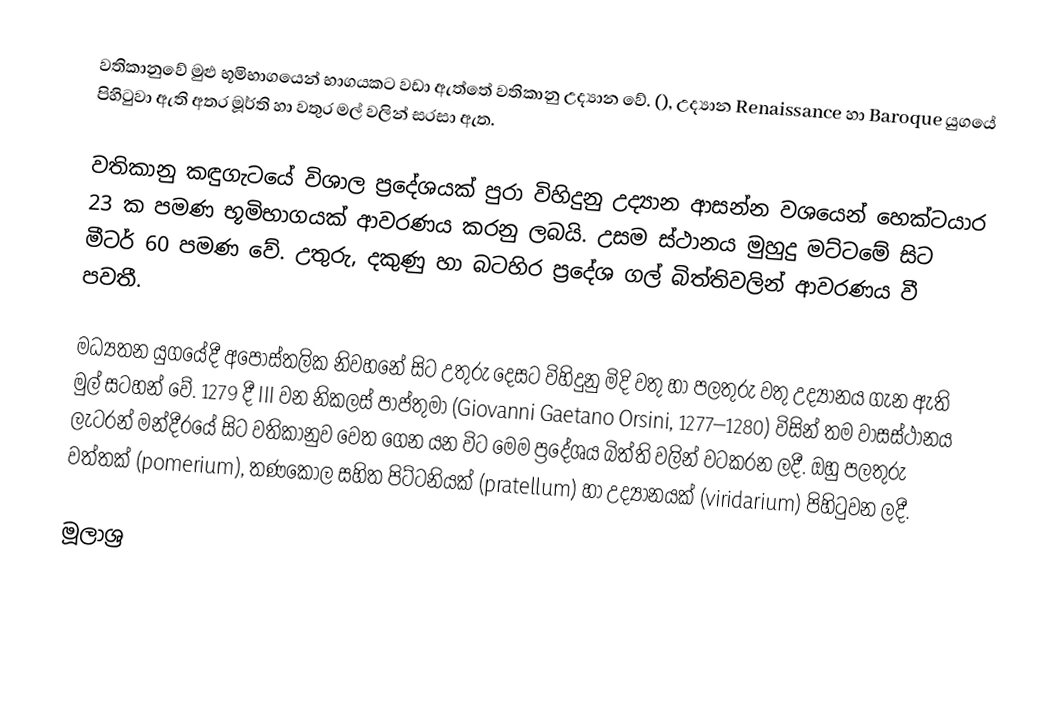
වතිකානුවේ මුළු භූමිභාගයෙන් භාගයකට වඩා ඇත්තේ වතිකානු උද්‍යාන වේ. (), උද්‍යාන Renaissance හා Baroque යුගයේ පිහිටුවා ඇති අතර මූර්ති හා වතුර මල් වලින් සරසා ඇත.

වතිකානු කඳුගැටයේ විශාල ප්‍රදේශයක් පුරා විහිදුනු උද්‍යාන ආසන්න වශයෙන් හෙක්ටයාර 23 ක පමණ භූමිභාගයක් ආවරණය කරනු ලබයි. උසම ස්ථානය මුහුදු මට්ටමේ සිට මීටර් 60 පමණ වේ. උතුරු, දකුණු හා බටහිර ප්‍රදේශ ගල් බිත්තිවලින් ආවරණය වී පවතී.

මධ්‍යතන යුගයේදී අපෝස්තලික නිවහනේ සිට උතුරු දෙසට විහිදුනු මිදි වතු හා පලතුරු වතු උද්‍යානය ගැන ඇති මුල් සටහන් වේ. 1279 දී III වන නිකලස් පාප්තුමා (Giovanni Gaetano Orsini, 1277–1280) විසින් තම වාසස්ථානය ලැටරන් මන්දීරයේ සිට වතිකානුව වෙත ගෙන යන විට මෙම ප්‍රදේශය බිත්ති වලින් වටකරන ලදී. ඔහු පලතුරු වත්තක් (pomerium), තණකොල සහිත පිට්ටනියක් (pratellum) හා උද්‍යානයක් (viridarium) පිහිටුවන ලදී.

මූලාශ්‍ර